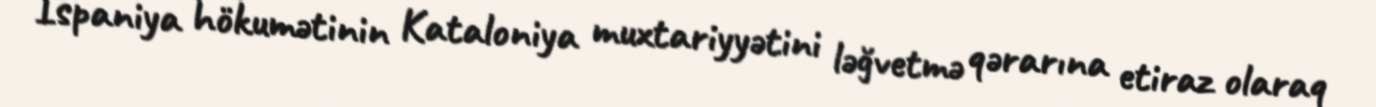
İspaniya hökumətinin Kataloniya muxtariyyətini ləğvetmə qərarına etiraz olaraq